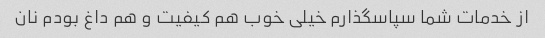
از خدمات شما سپاسگذارم خیلی خوب هم کیفیت و هم داغ بودم نان